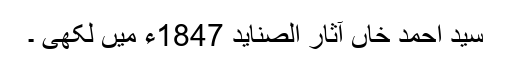
سید احمد خاں آثار الصناید 1847ء میں لکھی ۔